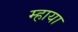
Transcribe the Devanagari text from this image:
म्हाया